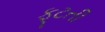
ફૂટતી